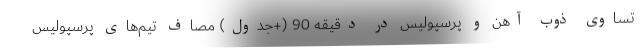
تساوی ذوب آهن و پرسپولیس در دقیقه 90 (+جدول) مصاف تیم‌های پرسپولیس